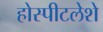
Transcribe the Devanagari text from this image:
होस्पीटलेशे